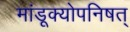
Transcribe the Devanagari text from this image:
मांडूक्योपनिषत्